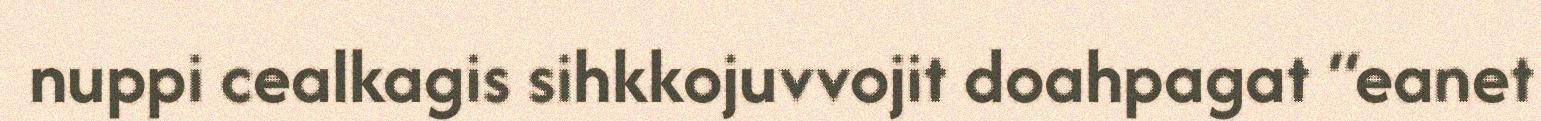
nuppi cealkagis sihkkojuvvojit doahpagat “eanet